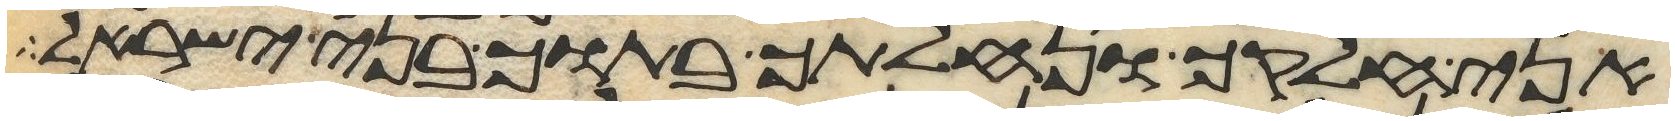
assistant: אני חלקך ונחלתך בתוך בני ישראל